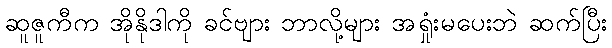
ဆူဇူကီက အိုနိုဒါကို ခင်ဗျား ဘာလို့များ အရှုံးမပေးဘဲ ဆက်ပြီး